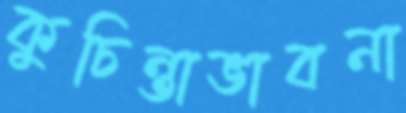
কুচিন্তাভাবনা